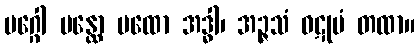
မဂ္ဂေါ ပန္ထော ပထော အဒ္ဓါ၊ အဉ္ဇသံ ဝဋုမံ တထာ။